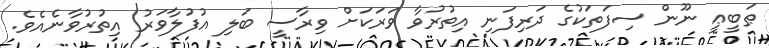
ޠަބީޢީ ނޫން ސިފަތަކުގެ ދަރިފަނި އިތުރުވާ ވަރަކަށް ވިރާސީ ބަލި އުފުލާވަރު އިތުރުވާނެއެވެ.